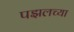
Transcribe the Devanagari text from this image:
पझलच्या